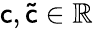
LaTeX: \mathsf{c},\mathsf{\tilde{c}}\in\mathbb{R}